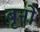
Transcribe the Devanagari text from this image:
बृनो